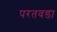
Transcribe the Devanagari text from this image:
परतवडा